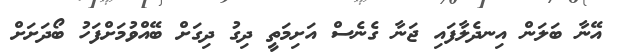
އޭނާ ބަލަން އިނދެލާފައި ޖަނާ ގެނެސް އަށިމަތީ ދިގު ދިގަށް ބޭއްވުމަށްފަހު ބޯދަށަށް